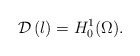
\begin{align*}{\mathcal{D}}\left( \l \right) = H_0^1(\Omega).\end{align*}